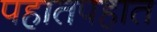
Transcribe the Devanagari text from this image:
पहातपहात